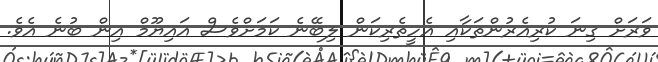
ވަރަށް ގިނަ ކުރިއެރުންތަކާއި އެހީތެރިކަން ލިބޭނެ ކަމަށްވެސް އައިޔޫމް އިން ބުނެ އެވެ.